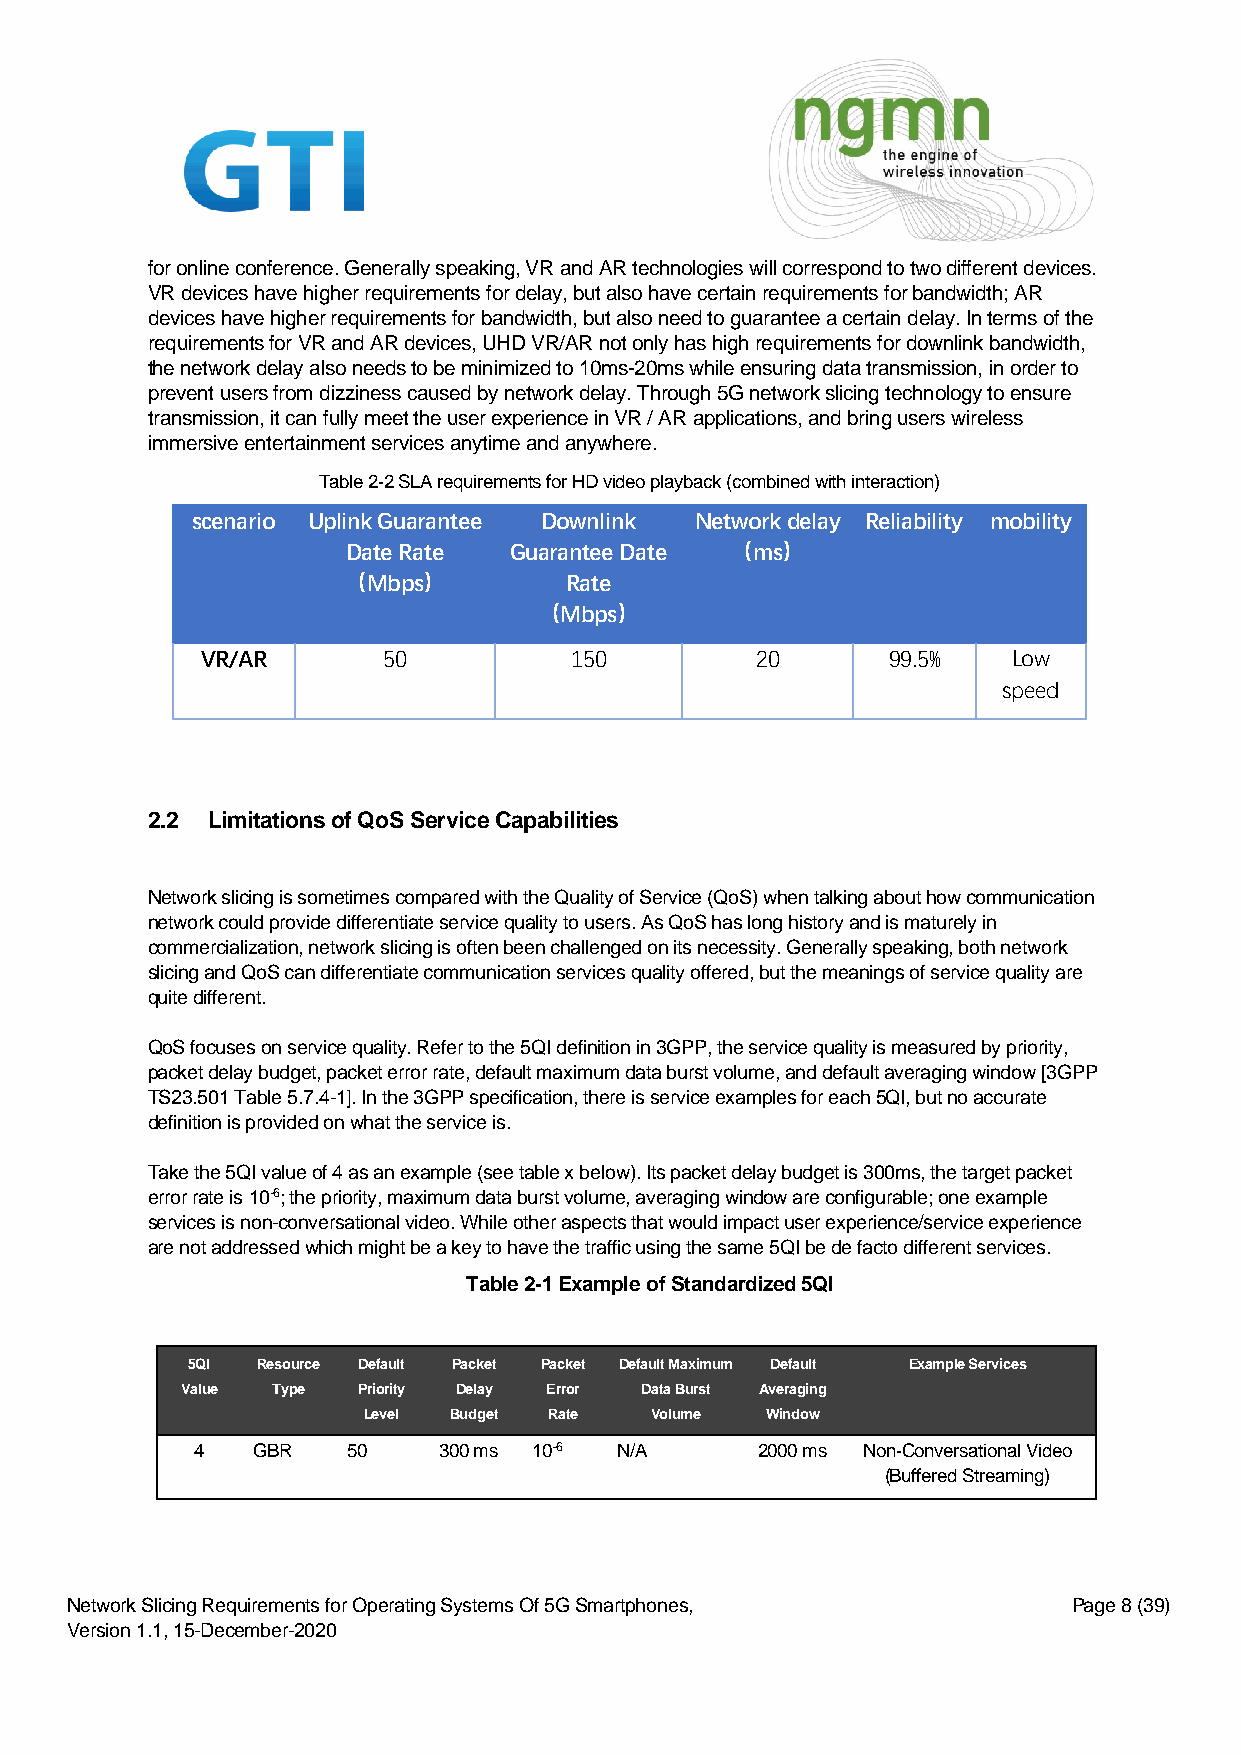
for online conference. Generally speaking, VR and AR technologies will correspond to two different devices.
 VR devices have higher requirements for delay, but also have certain requirements for bandwidth; AR
 devices have higher requirements for bandwidth, but also need to guarantee a certain delay. In terms of the
 requirements for VR and AR devices, UHD VR/AR not only has high requirements for downlink bandwidth,
 the network delay also needs to be minimized to 10ms-20ms while ensuring data transmission, in order to
 prevent users from dizziness caused by network delay. Through 5G network slicing technology to ensure
 transmission, it can fully meet the user experience in VR / AR applications, and bring users wireless
 immersive entertainment services anytime and anywhere.
 Table 2-2 SLA requirements for HD video playback (combined with interaction)
 scenario Uplink Guarantee Downlink Network delay Reliability mobility
 Date Rate  Guarantee Date （ms）
 （Mbps）        Rate
 （Mbps）
 VR/AR       50           150         20       99.5%   Low
 speed
 2.2 Limitations of QoS Service Capabilities
 Network slicing is sometimes compared with the Quality of Service (QoS) when talking about how communication
 network could provide differentiate service quality to users. As QoS has long history and is maturely in
 commercialization, network slicing is often been challenged on its necessity. Generally speaking, both network
 slicing and QoS can differentiate communication services quality offered, but the meanings of service quality are
 quite different.
 QoS focuses on service quality. Refer to the 5QI definition in 3GPP, the service quality is measured by priority,
 packet delay budget, packet error rate, default maximum data burst volume, and default averaging window [3GPP
 TS23.501 Table 5.7.4-1]. In the 3GPP specification, there is service examples for each 5QI, but no accurate
 definition is provided on what the service is.
 Take the 5QI value of 4 as an example (see table x below). Its packet delay budget is 300ms, the target packet
 error rate is 10-6; the priority, maximum data burst volume, averaging window are configurable; one example
 services is non-conversational video. While other aspects that would impact user experience/service experience
 are not addressed which might be a key to have the traffic using the same 5QI be de facto different services.
 Table 2-1 Example of Standardized 5QI
 5QI  Resource Default Packet Packet Default Maximum Default Example Services
 Value Type  Priority Delay Error Data Burst Averaging
 Level Budget Rate  Volume  Window
 4   GBR   50    300 ms 10-6 N/A      2000 ms Non-Conversational Video
 (Buffered Streaming)
 Network Slicing Requirements for Operating Systems Of 5G Smartphones, Page 8 (39)
 Version 1.1, 15-December-2020